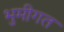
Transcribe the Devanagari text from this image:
भुमीगत